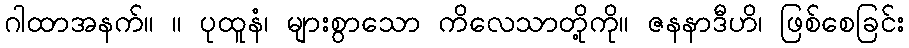
ဂါထာအနက်။ ။ ပုထူနံ၊ များစွာသော ကိလေသာတို့ကို။ ဇနနာဒီဟိ၊ ဖြစ်စေခြင်း